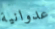
عدوانية